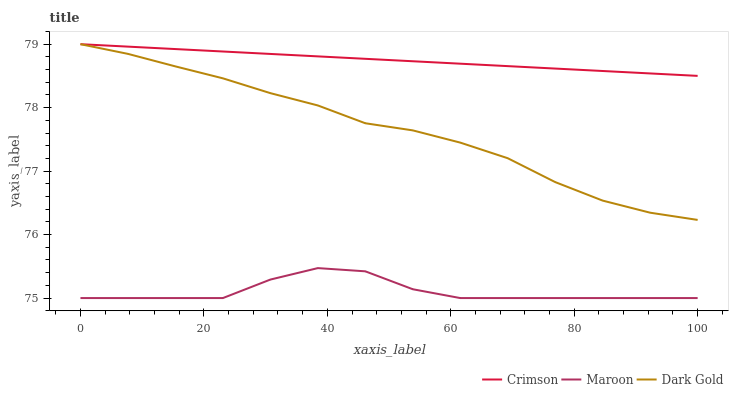
| xaxis_label | Crimson | Maroon | Dark Gold |
 | --- | --- | --- | --- |
 | 0 | 79 | 75 | 79 |
 | 7.69 | 79 | 75 | 78.8 |
 | 15.4 | 78.9 | 75 | 78.7 |
 | 23.1 | 78.9 | 75 | 78.5 |
 | 30.8 | 78.8 | 75.3 | 78.2 |
 | 38.5 | 78.8 | 75.5 | 78 |
 | 46.2 | 78.8 | 75.4 | 77.8 |
 | 53.8 | 78.7 | 75.1 | 77.6 |
 | 61.5 | 78.7 | 75 | 77.4 |
 | 69.2 | 78.7 | 75 | 77.2 |
 | 76.9 | 78.6 | 75 | 76.8 |
 | 84.6 | 78.6 | 75 | 76.5 |
 | 92.3 | 78.5 | 75 | 76.3 |
 | 100 | 78.5 | 75 | 76.2 |